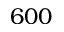
6 0 0